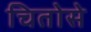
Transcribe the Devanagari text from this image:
चितोसे